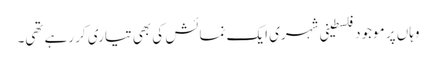
وہاں پر موجود فلسطینی شہری ایک نمائش کی بھی تیاری کر رہے تھی۔